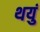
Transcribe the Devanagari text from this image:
थयुं